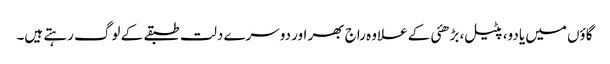
گاؤں میں یادو، پٹیل، بڑھئی کے علاوہ راج بھر اور دوسرے دلت طبقے کے لوگ رہتے ہیں۔